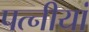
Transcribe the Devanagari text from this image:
पत्नीयां